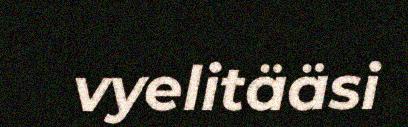
vyelitääsi